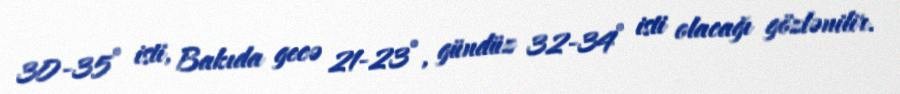
30-35° isti, Bakıda gecə 21-23°, gündüz 32-34° isti olacağı gözlənilir.